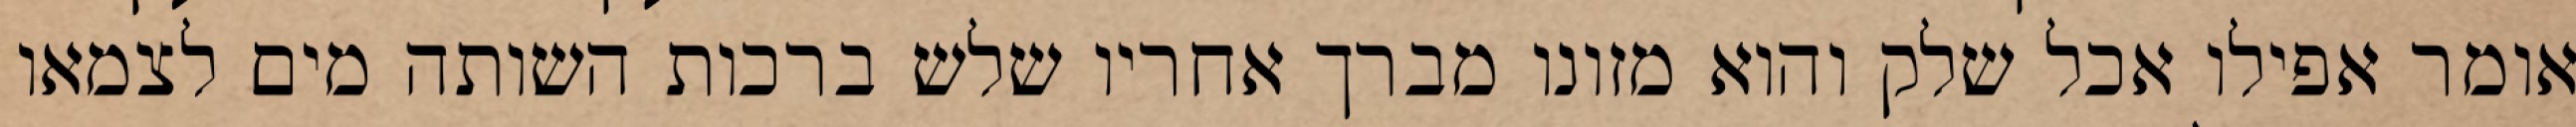
אומר אפילו אכל שלק והוא מזונו מברך אחריו שלש ברכות השותה מים לצמאו